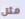
مثل